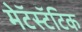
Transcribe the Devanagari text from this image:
मेटॅस्टॅटिक